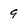
Character: 9